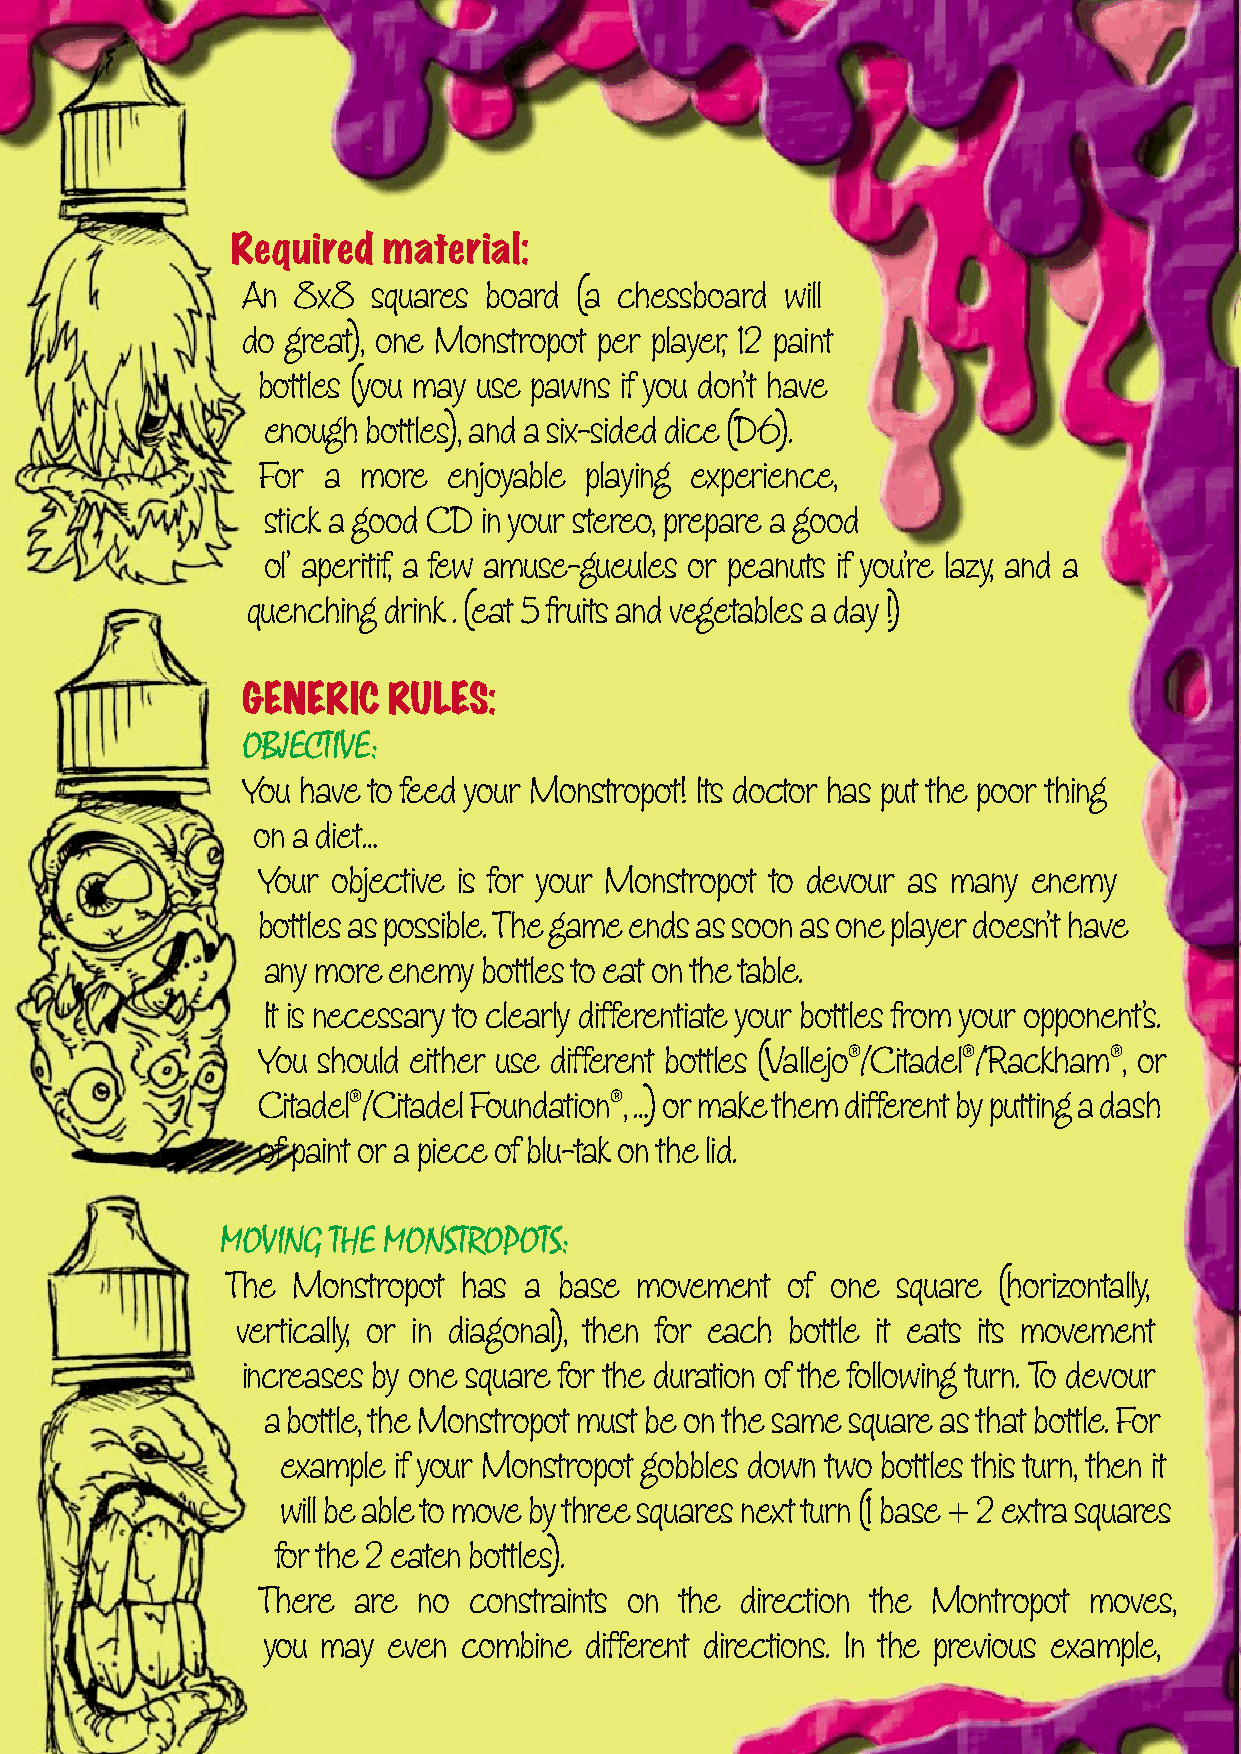
Required  material:
 An  8x8  squares board (a chessboard will
 do great), one Monstropot per player, 12 paint
 bottles (you may use pawns if you don’t have
 enough bottles), and a six-sided dice (D6).
 For a  more  enjoyable playing experience,
 stick a good CD in your stereo, prepare a good
 ol’ aperitif, a few amuse-gueules or peanuts if you’re lazy, and a
 quenching drink . (eat 5 fruits and vegetables a day !)
 GENERIC   RULES:
 OBJECTIVE:
 You have to feed your Monstropot! Its doctor has put the poor thing
 on a diet…
 Your objective is for your Monstropot to devour as many enemy
 bottles as possible. The game ends as soon as one player doesn’t have
 any more enemy bottles to eat on the table.
 It is necessary to clearly differentiate your bottles from your opponent’s.
 You should either use different bottles (Vallejo®/Citadel®/Rackham®, or
 Citadel®/Citadel Foundation®, …) or make them different by putting a dash
 of paint or a piece of blu-tak on the lid.
 MOVING THE MONSTROPOTS:
 The Monstropot  has a base movement  of one square (horizontally,
 vertically, or in diagonal), then for each bottle it eats its movement
 increases by one square for the duration of the following turn. To devour
 a bottle, the Monstropot must be on the same square as that bottle. For
 example if your Monstropot gobbles down two bottles this turn, then it
 will be able to move by three squares next turn (1 base + 2 extra squares
 for the 2 eaten bottles).
 There are  no constraints on the direction the Montropot moves,
 you may  even combine different directions. In the previous example,